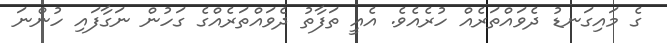
ގެ މައިގަނޑު ދެވައްތަރެއް ހުރެއެވެ. އެއީ ތަފާތު ދެވައްތަރެއްގެ ގަހުން ނަގާފައި ހުންނަ